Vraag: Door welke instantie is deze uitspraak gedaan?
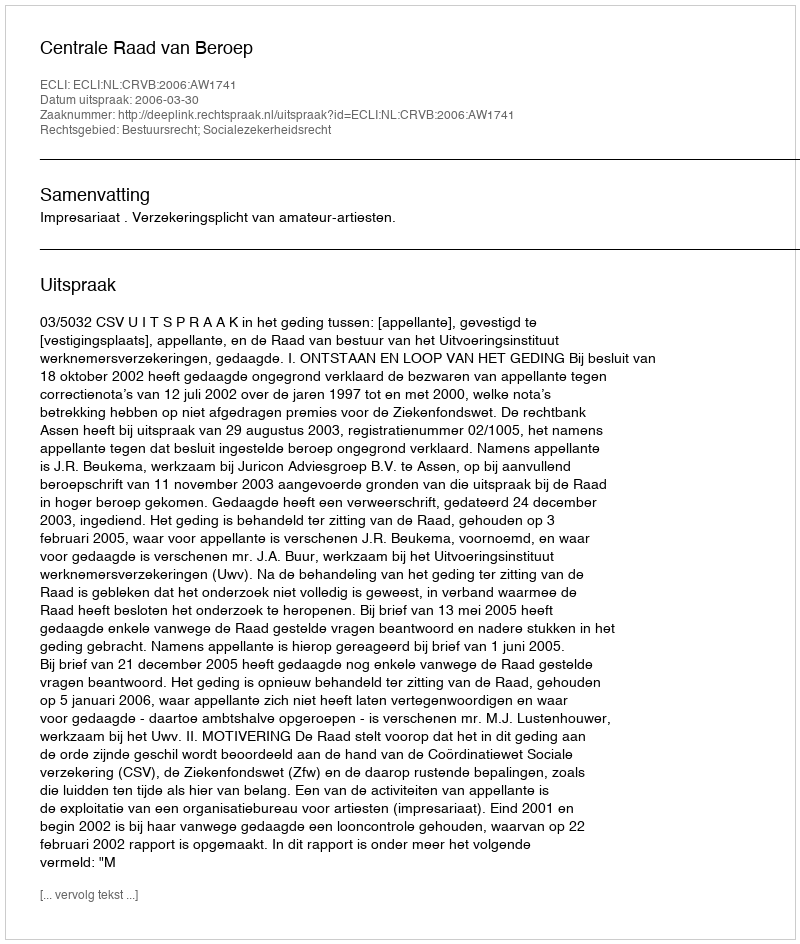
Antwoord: Centrale Raad van Beroep